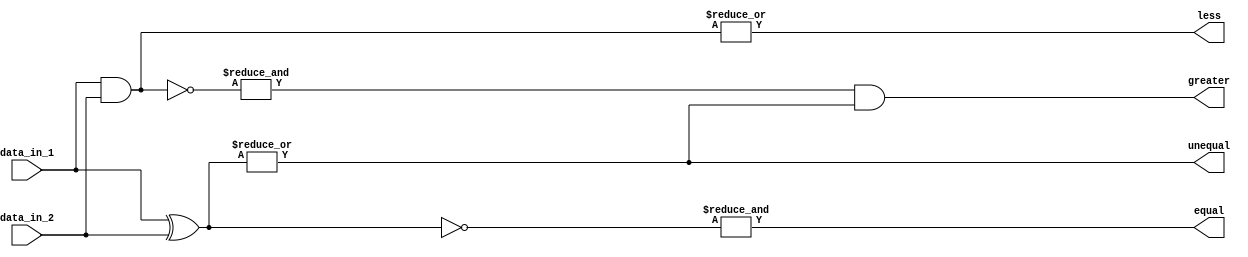
module parallel_comparator (
    input wire [7:0] data_in_1,
    input wire [7:0] data_in_2,
    output wire equal,
    output wire unequal,
    output wire greater,
    output wire less
);

wire [7:0] xor_result;
wire [7:0] and_result;

assign xor_result = data_in_1 ^ data_in_2;
assign and_result = data_in_1 & data_in_2;

assign equal = &(~xor_result);
assign unequal = |(xor_result);
assign greater = |(&(~and_result) & |(xor_result));
assign less = |(and_result);

endmodule